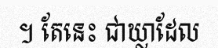
។ តែនេះ ជាឃ្លាដែល